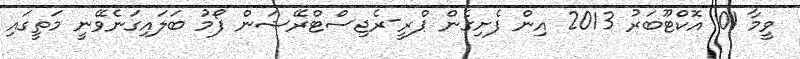
ވީމާ 01 އޮކްޓޫބަރު 2013 އިން ފެށިގެން ޕްރީ-ރެޖިސްޓްރޭޝަން ފޯމު ބަލައިގަނެވޭނީ މަތީގައި